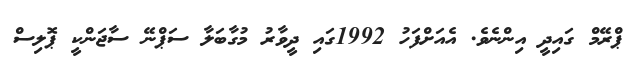
ޕްރޭމް ގައިދީ އިންނެވެ. އެއަށްފަހު 1992ގައި ދީވާރު މުގާބަލާ ސަޕްނޭ ސާޖަންކީ ޕޮލިސް